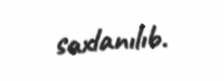
saxlanılıb.